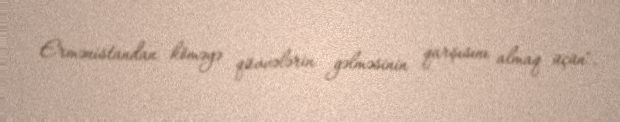
Ermənistandan köməyə qüvvələrin gəlməsinin qarşısını almaq üçün".